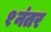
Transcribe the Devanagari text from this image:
१नंतर